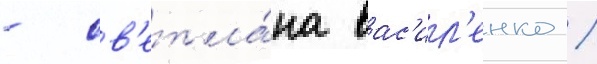
- св'етла́на вас'ил'енко /